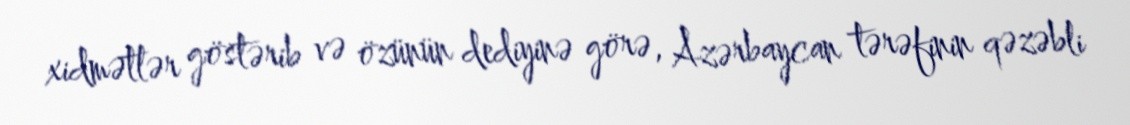
xidmətlər göstərib və özünün dediyinə görə, Azərbaycan tərəfinin qəzəbli